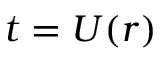
t = U ( r )